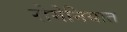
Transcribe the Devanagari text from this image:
रोमेनियात